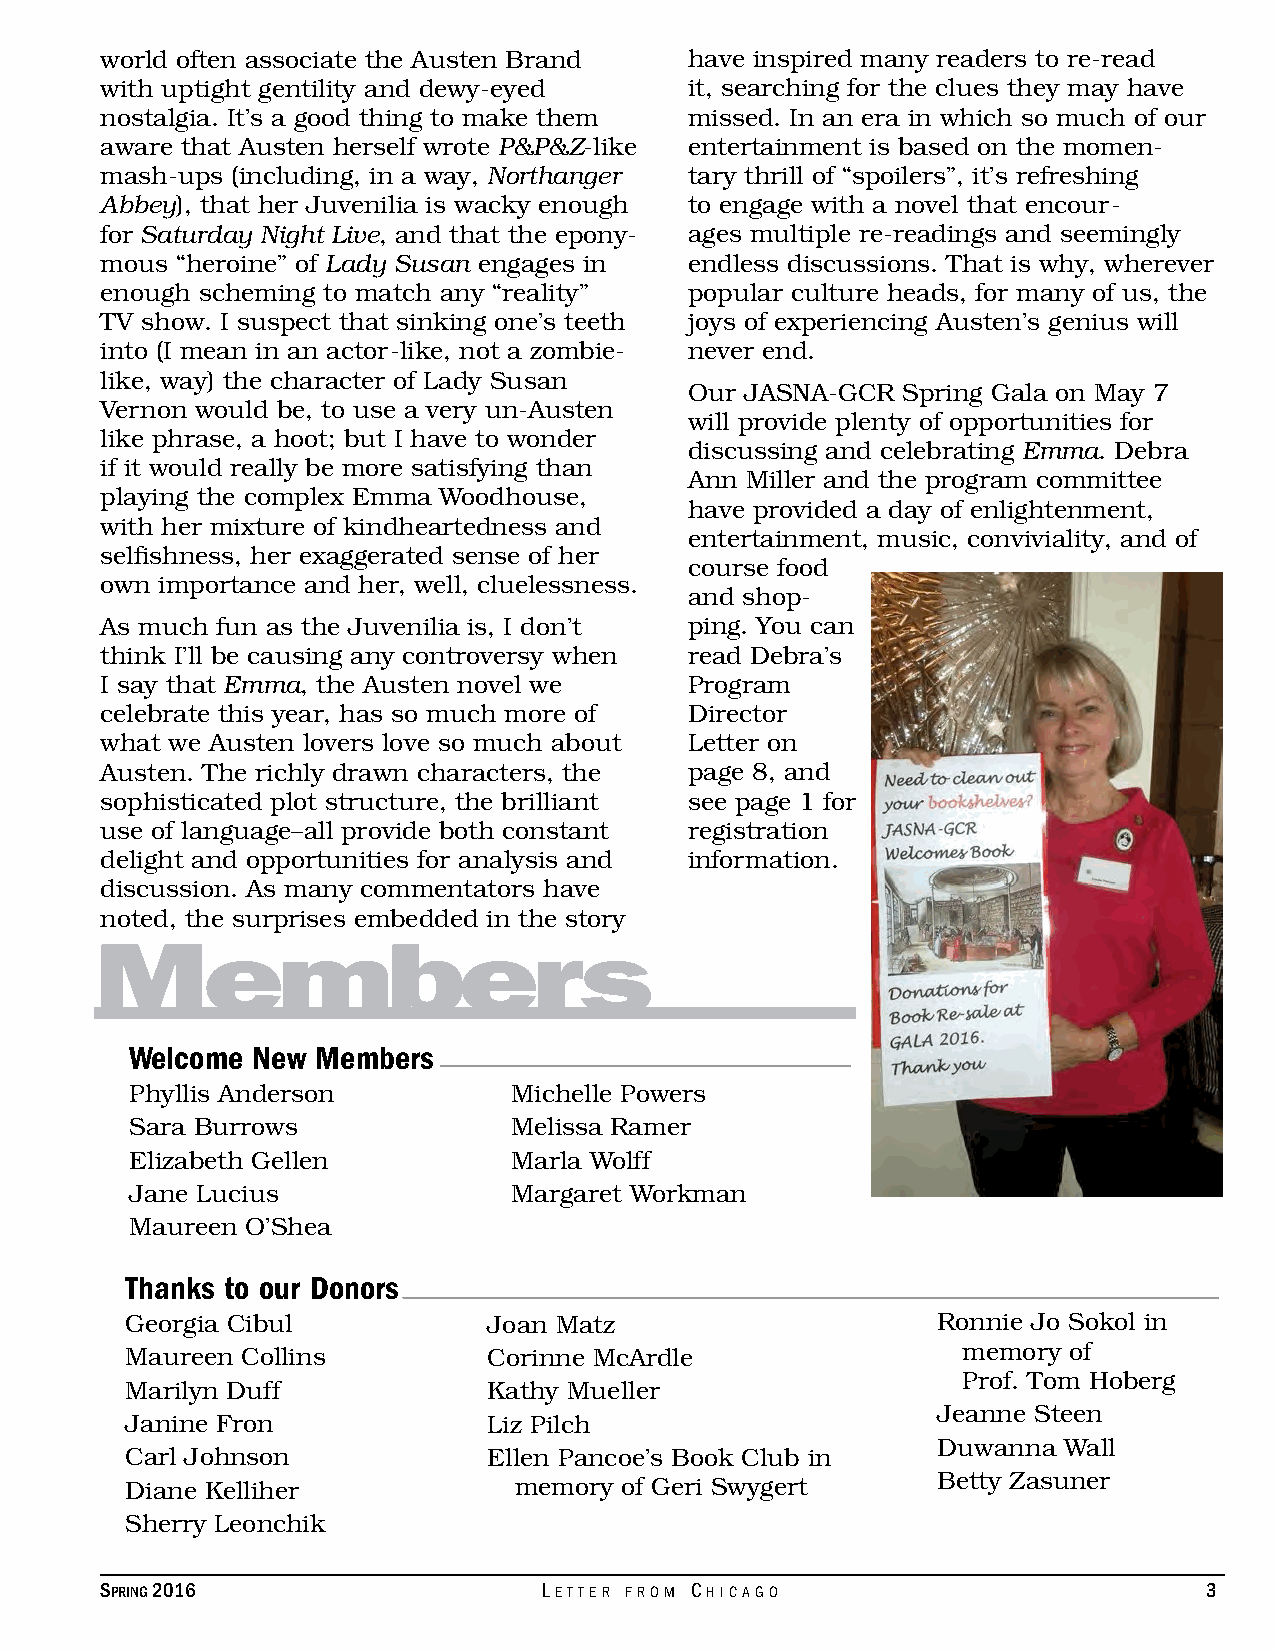
world often associate the Austen Brand have inspired many readers to re-read
 with uptight gentility and dewy-eyed   it, searching for the clues they may have
 nostalgia. It’s a good thing to make them missed. In an era in which so much of our
 aware that Austen herself wrote P&P&Z-like entertainment is based on the momen-
 mash-ups (including, in a way, Northanger tary thrill of “spoilers”, it’s refreshing
 Abbey), that her Juvenilia is wacky enough to engage with a novel that encour-
 for Saturday Night Live, and that the epony- ages multiple re-readings and seemingly
 mous “heroine” of Lady Susan engages in endless discussions. That is why, wherever
 enough scheming to match any “reality” popular culture heads, for many of us, the
 TV show. I suspect that sinking one’s teeth joys of experiencing Austen’s genius will
 into (I mean in an actor-like, not a zombie- never end.
 like, way) the character of Lady Susan
 Our JASNA-GCR Spring Gala on May 7
 Vernon would be, to use a very un-Austen
 will provide plenty of opportunities for
 like phrase, a hoot; but I have to wonder
 discussing and celebrating Emma. Debra
 if it would really be more satisfying than
 Ann Miller and the program committee
 playing the complex Emma Woodhouse,
 have provided a day of enlightenment,
 with her mixture of kindheartedness and
 entertainment, music, conviviality, and of
 selfishness, her exaggerated sense of her
 course food
 own importance and her, well, cluelessness.
 and shop-
 As much fun as the Juvenilia is, I don’t ping. You can
 think I’ll be causing any controversy when read Debra’s
 I say that Emma, the Austen novel we   Program
 celebrate this year, has so much more of Director
 what we Austen lovers love so much about Letter on
 Austen. The richly drawn characters, the page 8, and
 sophisticated plot structure, the brilliant see page 1 for
 use of language–all provide both constant registration
 delight and opportunities for analysis and information.
 discussion. As many commentators have
 noted, the surprises embedded in the story
 Members
 Welcome New Members
 Phyllis Anderson         Michelle Powers
 Sara Burrows             Melissa Ramer
 Elizabeth Gellen         Marla Wolff
 Jane Lucius              Margaret Workman
 Maureen O’Shea
 Thanks to our Donors
 Georgia Cibul           Joan Matz                     Ronnie Jo Sokol in
 Maureen Collins         Corinne McArdle                 memory of
 Prof. Tom Hoberg
 Marilyn Duff            Kathy Mueller
 Jeanne Steen
 Janine Fron             Liz Pilch
 Duwanna Wall
 Carl Johnson            Ellen Pancoe’s Book Club in
 Diane Kelliher            memory of Geri Swygert      Betty Zasuner
 Sherry Leonchik
 Spring 2016                  Letter from ChiCago                         3